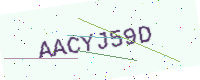
Text: AACYJ59D